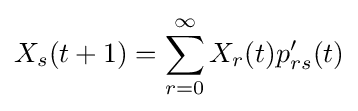
X_{s}(t+1)=\sum _{r=0}^{\infty }X_{r}(t)p'_{rs}(t)